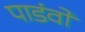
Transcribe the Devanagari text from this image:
पाडंवों